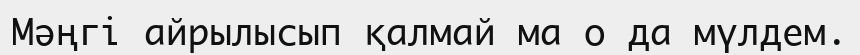
Мәңгі айрылысып қалмай ма о да мүлдем.